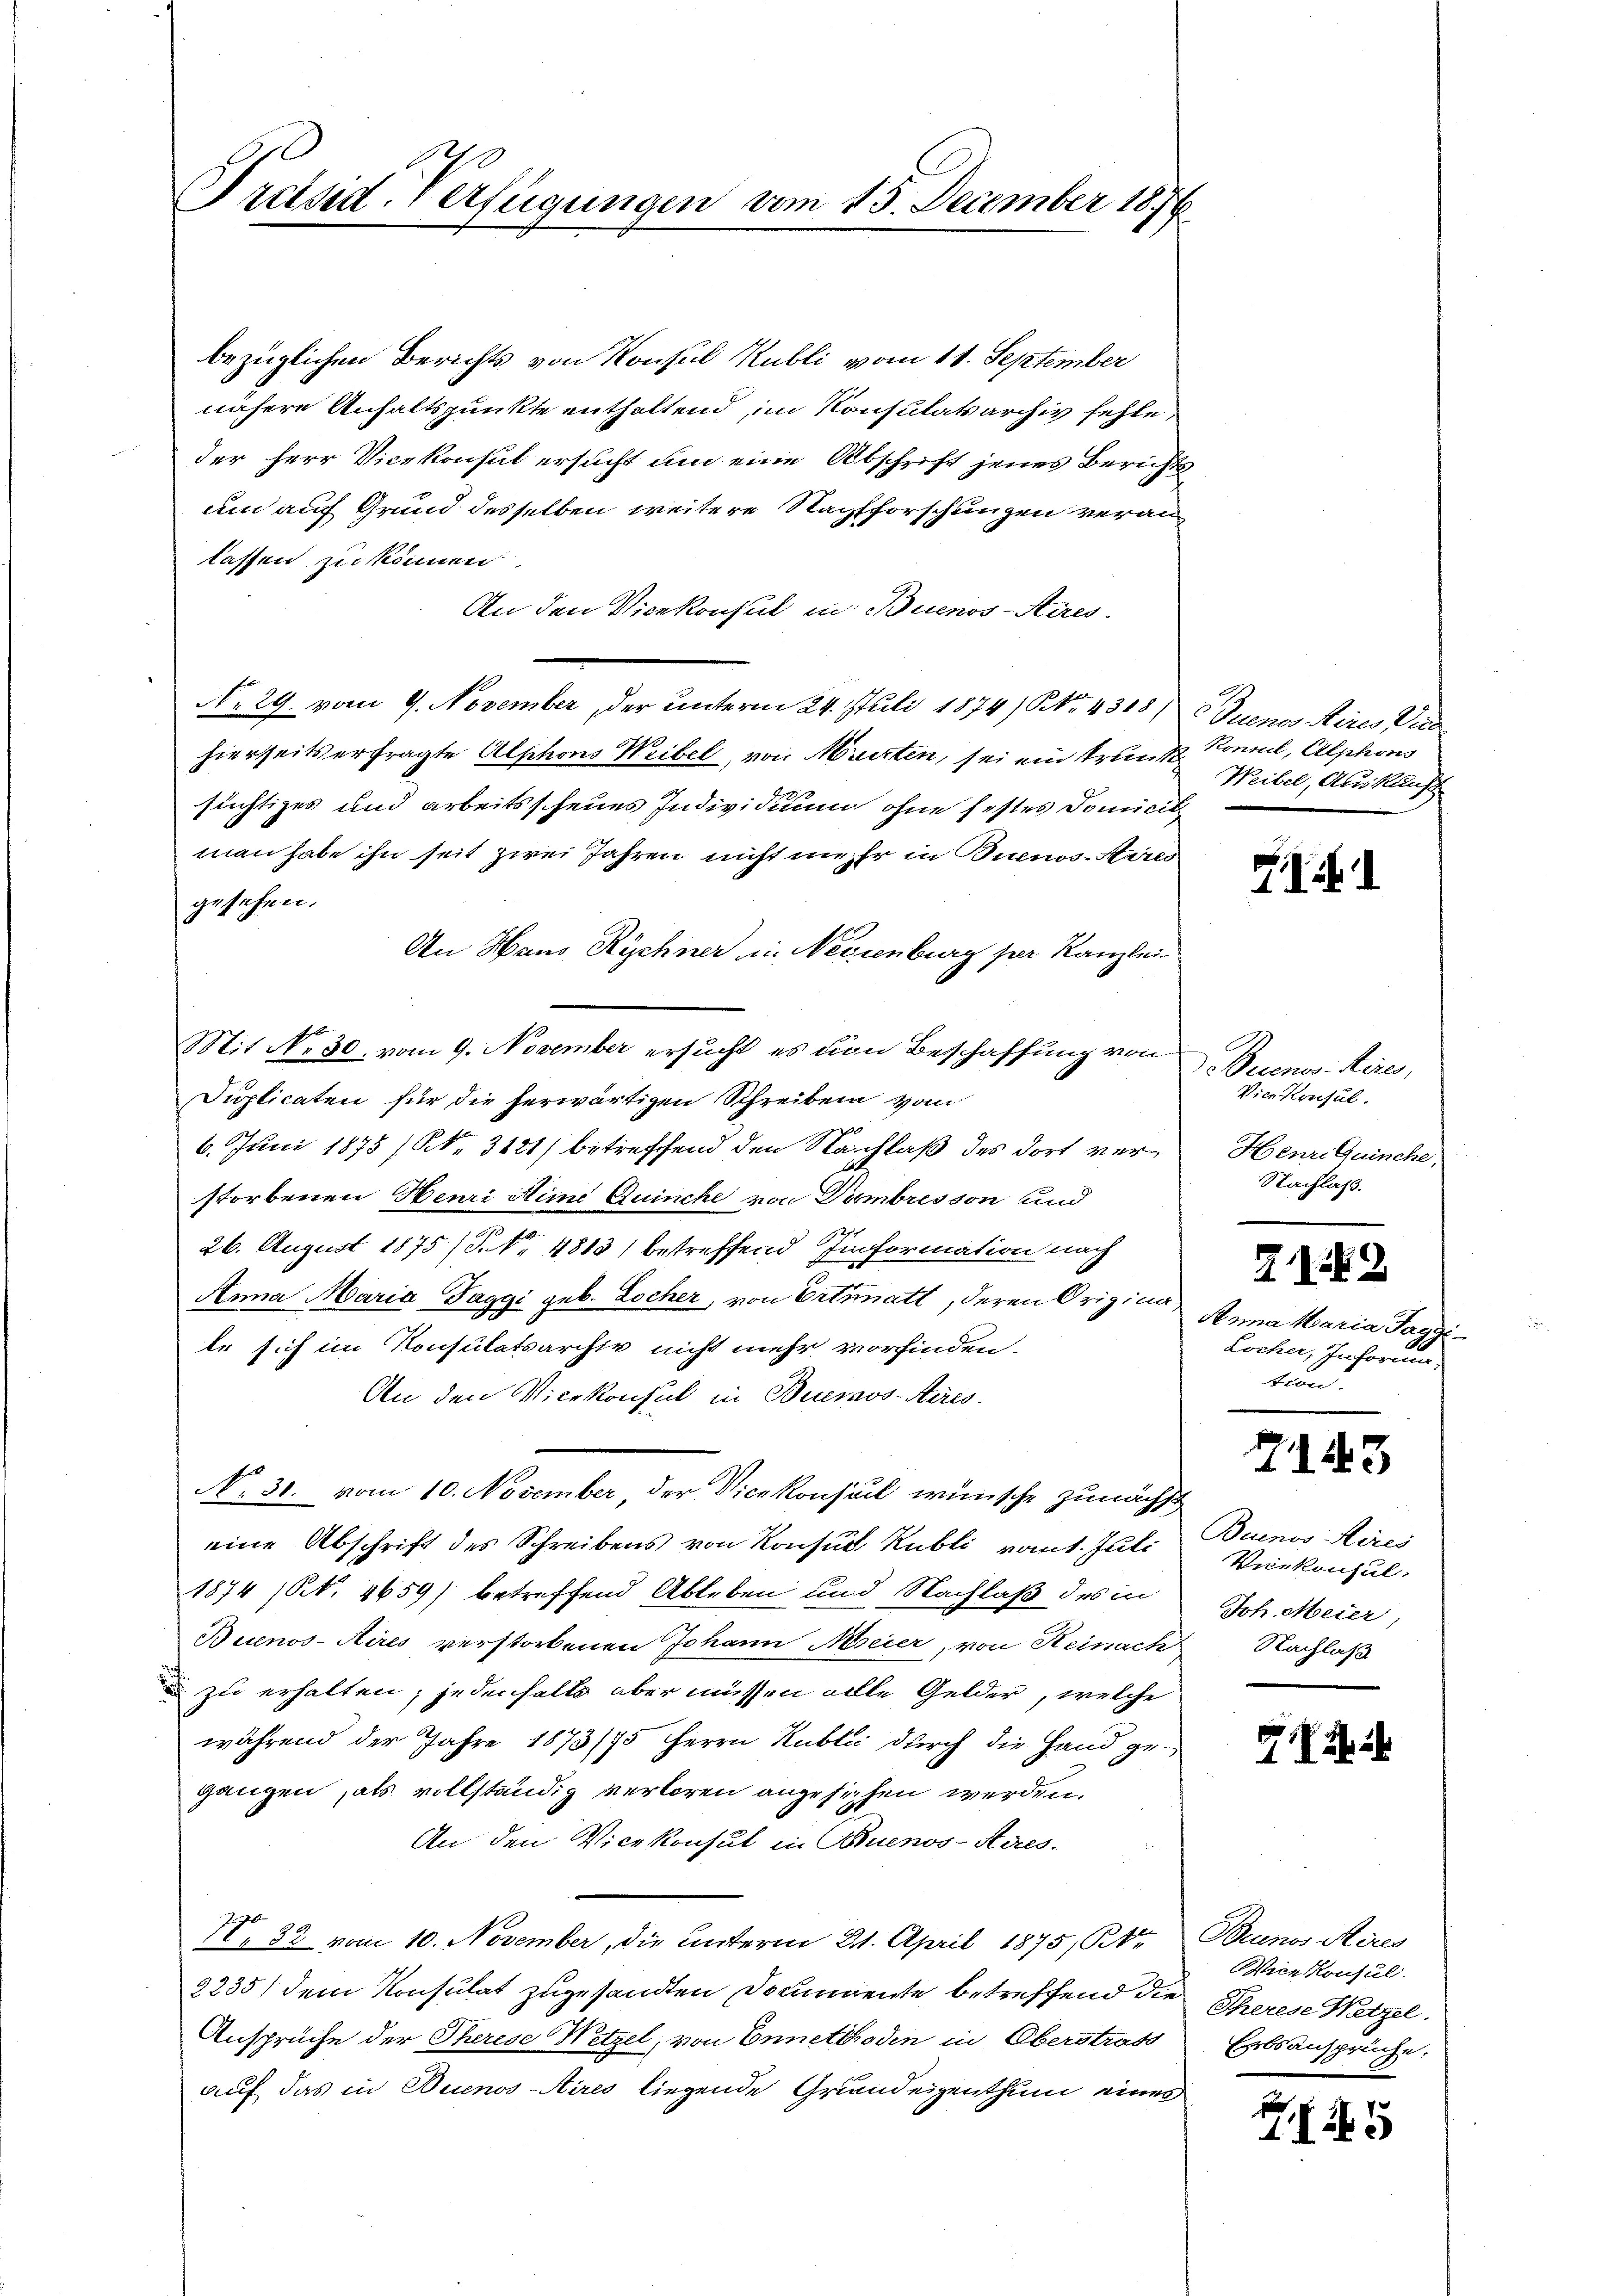
bezüglichen Berichts von Konsul Kubli vom 11. September
nähere Anhaltspunkte enthaltend, im Konsulatsarchiv fehle,
der Herr Vicekonsul ersucht um eine Abschrift jenes Zürichum auf Grund desselben weitere Nachforschungen veranlassen zu können.
An den Vicekonsul in Buenos-Aires.
No 29. vom 9. November, der unterm 24. Juli 1874) NNo. 4318/Juenos Aires Vicehierseits erfragte Alphons Weibel, von Murten, sei ein trun Konnel, Alphons
süchtiges und arbeitsscheues Individium ohne festes Domicil
man habe ihn seit zwei Jahren nicht mehr in Buenos-Arres
gesehen.
An Haus Rychner in Neisenburg per Kanzlei
Mit No. 80. vom 9. November ersucht es von Beschaffung von
Duplicaten für die herwärtigen Schreiben vom
6. Juni 1875 (NNo. 3121) betreffend den Nachlaß des dort verstorbenen Henri Hime Quinche von Piombresson und
26. August 1875 (S. 4813) betreffend Information nach
Anna Maria Taggi geb. Locher, von Ertratt, deren Origina
te sich im Konsulatsarchiv nicht mehr vorfinden.
An den Vicekonsul in Buenos-Ayres
No. 31. vom 10. November, der Vicekonsul wünsche zunächst
eine Abschrift des Schreibens von Konsul Rubli vaut. Juli
1874 (Nr. 2659) betreffend Ableben und Nachlaß des in
Buenos-Aires verstorbenen Johann Meier, von Heinach Nachlaß
 zu erhalten; jedenhalts aber müssen alle Gelder, welche
während der Jahre 1873/75 Herrn Kublic durch die Hand gegangen, als vollständig verloren angesuchen werden.
An den Vicekonsul in Buenos-Ayres
, 32 vom 10. November, die Unterm 21. April 1875, St.
2235) dem Konsulat zugesandten Documente betreffend die Eherese Hetzel¬
Ansprüche der Therese Netzel, von Ennetboden in Oberstrats Erbsansprüche.
auf das in Buenos-Aires liegende Grundeigenthum eines

Präsid-Verfügungen vom 15. December 1876

Weibel, Auskauft

.12)

Buenos Aires,
Vice Konsul
Henre Quinche,
Nachlaß.

72
Anna Maria Taggi
Locher, Inform
tion.

7145

Buenos Aires
Vicekonsul-
Joh. Meier,

Gii

Beunos Aires
Wice Konsul.

45